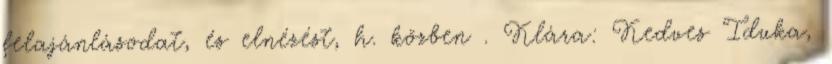
felajánlásodat, és elnézést, h. közben . Klára: Kedves Iduka,